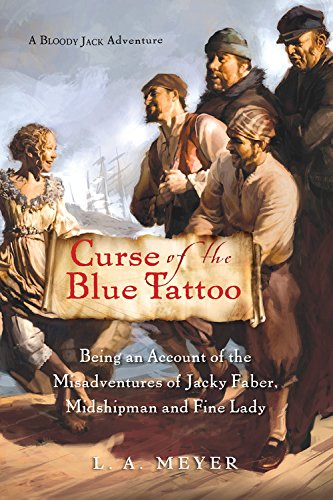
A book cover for Curse of the Blue Tattoo: Being an Account of the Misadventures of Jacky Faber, Midshipman and Fine Lady (Bloody Jack Adventures); L. A. Meyer; Teen & Young Adult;